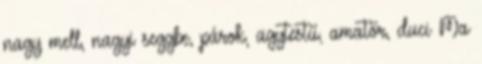
nagy mell, nagyi seggbe, párok, agytestű, amatőr, duci Ma